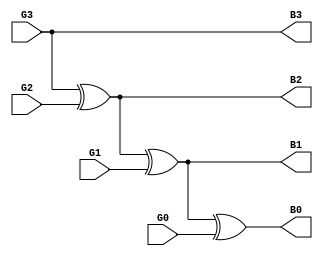
module graytobin(input G3,input G2,input G1,input G0,output B3,output B2,output B1,output B0);

assign B3 = G3;
assign B2 = G3^G2;
assign B1 = G3^G2^G1;
assign B0 = G3^G2^G1^G0;

endmodule